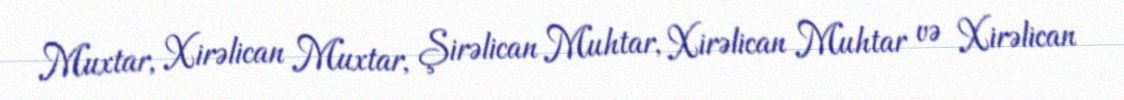
Muxtar, Xirəlican Muxtar, Şirəlican Muhtar, Xirəlican Muhtar və Xirəlican